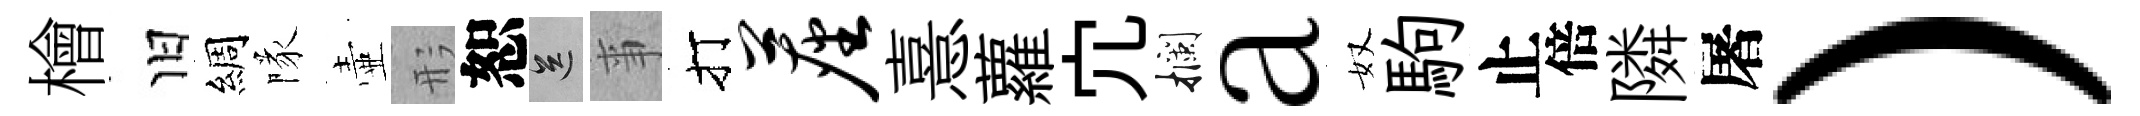
檜旧綢隊壷形恕送亊打尘憙蘿宂攔a奴駒止倍隣屠）